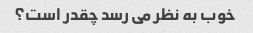
خوب به نظر می رسد چقدر است؟